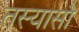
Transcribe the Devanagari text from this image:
तस्यासौ